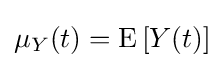
\mu _{Y}(t)=\operatorname {E} \left[Y(t)\right]